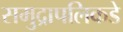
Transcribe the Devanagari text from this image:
समुद्रापलिकडे